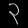
Digit: ၃